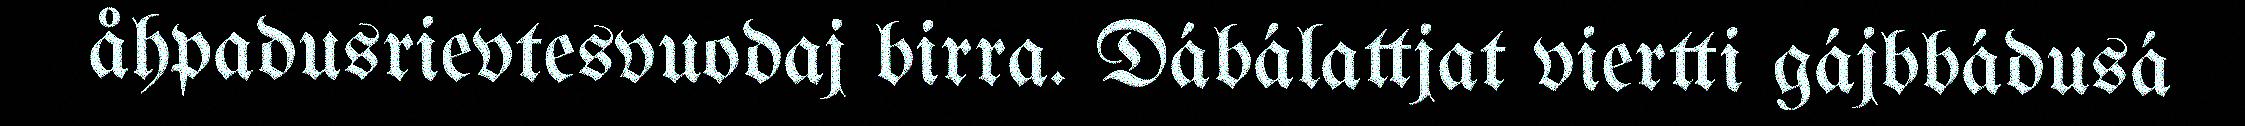
åhpadusrievtesvuodaj birra. Dábálattjat viertti gájbbádusá